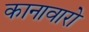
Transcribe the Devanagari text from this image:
कानावारो